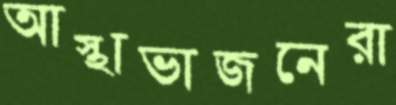
আস্থাভাজনেরা